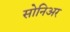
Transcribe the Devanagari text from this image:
सोनिअर